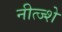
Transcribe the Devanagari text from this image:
नीत्ज्शे